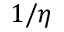
1 / \eta